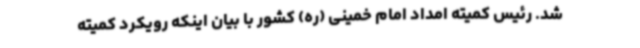
شد. رئیس کمیته امداد امام خمینی (ره) کشور با بیان اینکه رویکرد کمیته